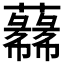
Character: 𱾼